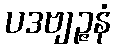
ပဒဗျဉ္ဇနံ